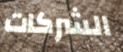
الشركات